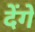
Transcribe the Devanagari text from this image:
देेंगे